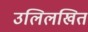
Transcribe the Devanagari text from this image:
उलिलखित